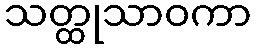
သတ္ထုသာဝကာ